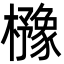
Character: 櫲